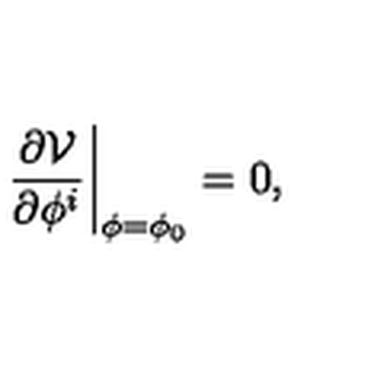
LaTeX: \left. \frac { \partial \mathcal { V } } { \partial \phi ^ { i } } \right| _ { \phi = \phi _ { 0 } } = 0 ,